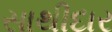
સાથીદાર